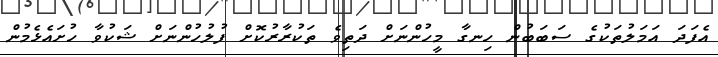
އެފަދަ އަމަލުތަކުގެ ސަބަބުން ހިނގާ މީހުންނަށް ދަތިވެ ތަކުރާރުކޮށް ފުލުހުންނަށް ޝަކުވާ ހުށައެޅެމުން